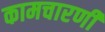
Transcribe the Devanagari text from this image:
कामचारणी